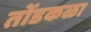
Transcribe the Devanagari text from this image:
तोंडकळा